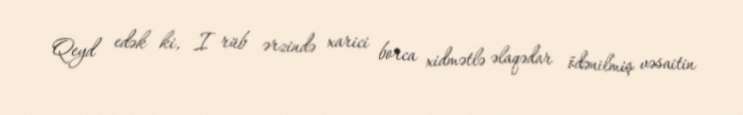
Qeyd edək ki, I rüb ərzində xarici borca xidmətlə əlaqədar ödənilmiş vəsaitin